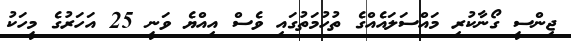
ޖިންސީ ގޯނާކުރި މައްސަލައެއްގެ ތުހުމަތުގައި ވެސް އިއްޔެ ވަނީ 25 އަހަރުގެ މީހަކު